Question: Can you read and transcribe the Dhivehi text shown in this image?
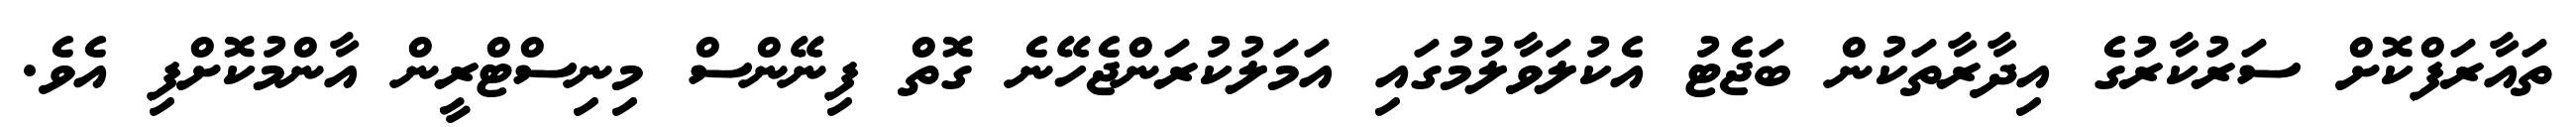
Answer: ތައާރަފްކޮށް ސަރުކާރުގެ އިދާރާތަކުން ބަޖެޓު އެކުލަވާލުމުގައި އަމަލުކުރަންޖެހޭނެ ގޮތް ފިނޭންސް މިނިސްޓްރީން އާންމުކޮށްފި އެވެ.